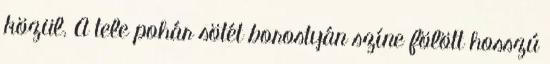
közül. A tele pohár sötét borostyán színe fölött hosszú